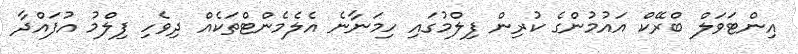
އިންޓަވަލް ބްރޭކް އައުމުންގެ ކުރިން ފިލްމުގައި ހިމަނާނެ އެލެމެންޓްތަކެއް ދިވެހި ފިލްމު އުފައްދާ